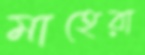
মাহেরা